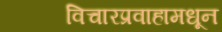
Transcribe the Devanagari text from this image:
विचारप्रवाहामधून